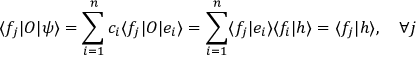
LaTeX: \langle f _ { j } | O | \psi \rangle = \sum _ { i = 1 } ^ { n } c _ { i } \langle f _ { j } | O | e _ { i } \rangle = \sum _ { i = 1 } ^ { n } \langle f _ { j } | e _ { i } \rangle \langle f _ { i } | h \rangle = \langle f _ { j } | h \rangle , \quad \forall j